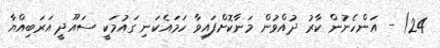
24) - އަންހެނުން ކާރު ދުއްވުން މަނާކޮށްފައިވާ ހަމައެކަނި ގައުމަކީ ސައޫދީ އަރަބިއްޔާ